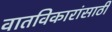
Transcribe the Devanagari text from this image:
वातविकारांसाठी